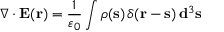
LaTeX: \nabla \cdot \mathbf { E } ( \mathbf { r } ) = { \frac { 1 } { \varepsilon _ { 0 } } } \int \rho ( \mathbf { s } ) \, \delta ( \mathbf { r } - \mathbf { s } ) \, \mathbf { d } ^ { 3 } \mathbf { s }